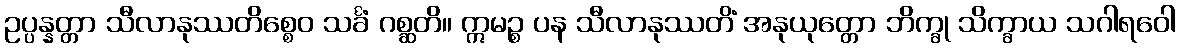
ဥပ္ပန္နတ္တာ သီလာနုဿတိစ္စေဝ သင်္ခံ ဂစ္ဆတိ။ ဣမဉ္စ ပန သီလာနုဿတိံ အနုယုတ္တော ဘိက္ခု သိက္ခာယ သဂါရဝေါ